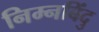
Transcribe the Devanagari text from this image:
निम्नबिंदु